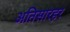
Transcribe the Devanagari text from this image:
अतिसारहर